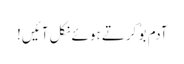
آدم بوُ کرتے ہوئے نکل آئیں!